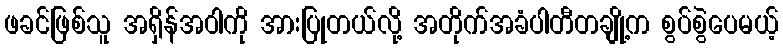
ဖခင်ဖြစ်သူ အရှိန်အဝါကို အားပြုတယ်လို့ အတိုက်အခံပါတီတချို့က စွပ်စွဲပေမယ့်